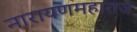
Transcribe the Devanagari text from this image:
नारायणमहाराज